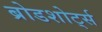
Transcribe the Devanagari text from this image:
ब्रोडशोर्ट्स